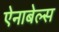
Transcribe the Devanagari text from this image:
ऐनाबेल्स